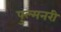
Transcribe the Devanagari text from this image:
पुल्मनरी